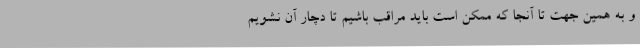
و به همین جهت تا آنجا که ممکن است باید مراقب باشیم تا دچار آن نشویم